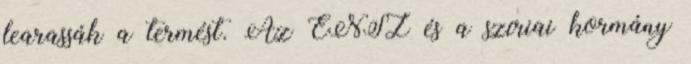
learassák a termést. Az ENSZ és a szíriai kormány